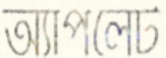
অ্যাপলেট